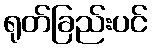
ရုတ်ခြည်းပင်